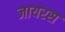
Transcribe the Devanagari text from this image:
जायरस